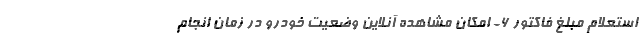
استعلام مبلغ فاکتور 6- امکان مشاهده آنلاین وضعیت خودرو در زمان انجام